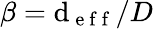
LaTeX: \beta=\mathrm{d}_{\mathrm{{~e~f~f~}}}/D